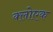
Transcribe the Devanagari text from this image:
क्लोएक